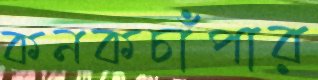
কনকচাঁপার